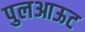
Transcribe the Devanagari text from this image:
पुलआऊट